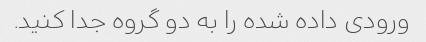
ورودی داده شده را به دو گروه جدا کنید.